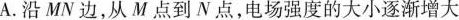
A.沿MV边，从M点到N点，电场强度的大小逐渐增大